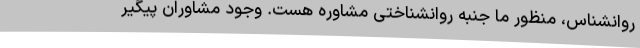
روانشناس، منظور ما جنبه روانشناختی مشاوره هست. وجود مشاوران پیگیر